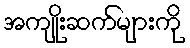
အကျိုးဆက်များကို